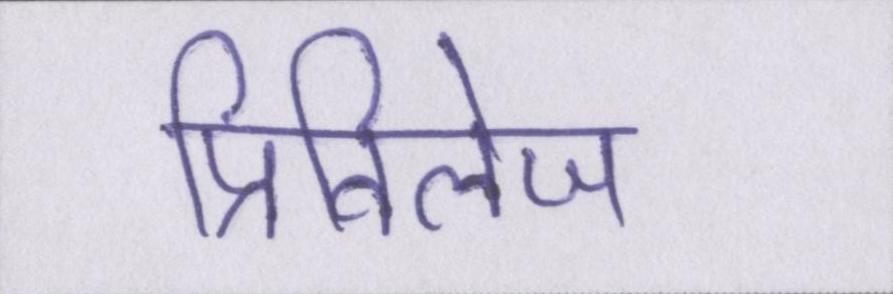
प्रिविलेज